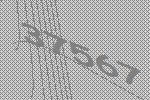
37567